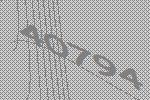
40794